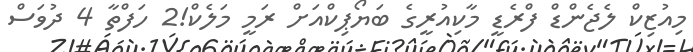
މިއުޒިކް ލެޖެންޑް ފްރެޑީ މާކިއުރީގެ ބަޔޯޕިކްއަށް ރަމީ މަލެކް!2 ހަފްތާ 4 ދުވަސް